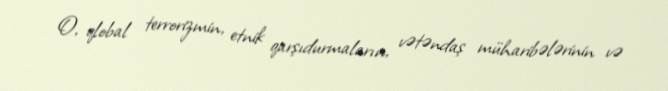
O, qlobal terrorizmin, etnik qarşıdurmaların, vətəndaş müharibələrinin və